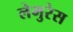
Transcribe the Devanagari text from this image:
लेमुरेस